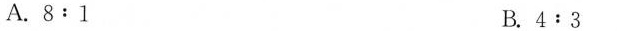
A.8:1 B.4:3